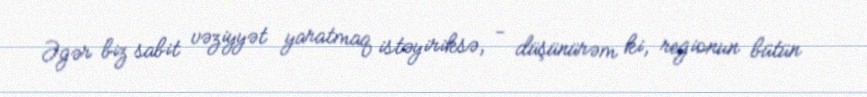
Əgər biz sabit vəziyyət yaratmaq istəyiriksə, - düşünürəm ki, regionun bütün